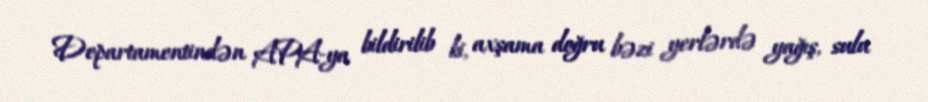
Departamentindən APA-ya bildirilib ki, axşama doğru bəzi yerlərdə yağış, sulu